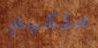
ملكهم